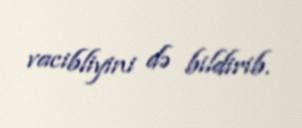
vacibliyini də bildirib.